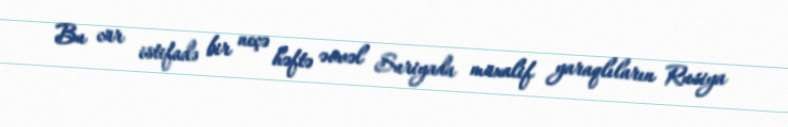
Bu cür istifadə bir neçə həftə əvvəl Suriyada müxalif yaraqlıların Rusiya